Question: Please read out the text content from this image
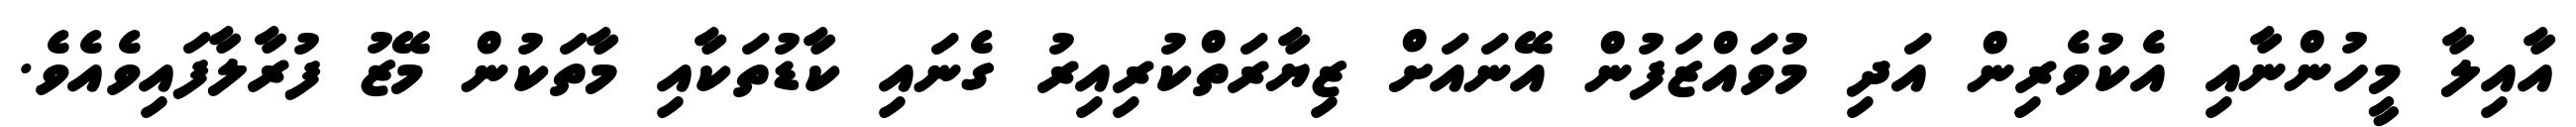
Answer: އާއިލާ މީހުންނާއި އެކުވެރިން އަދި މުވައްޒަފުން އޭނައަށް ޒިޔާރަތްކުރިއިރު ގެނައި ކާޑުތަކާއި މާތަކުން މޭޒު ފުރާލާފައިވެއެވެ.